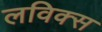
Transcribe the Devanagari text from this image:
लविक्स